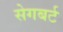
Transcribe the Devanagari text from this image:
सेगबर्ट